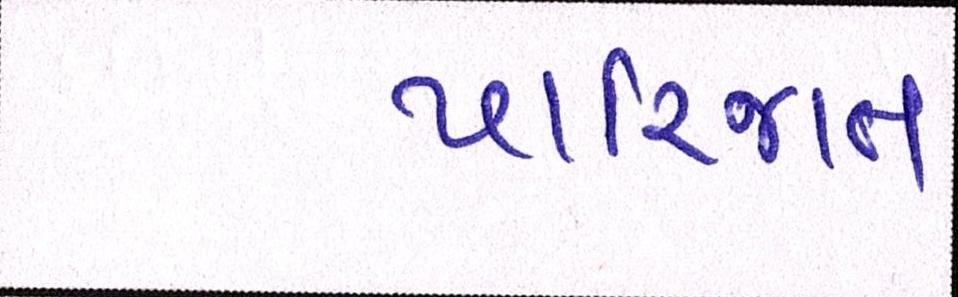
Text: પારિજાત